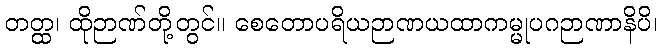
တတ္ထ၊ ထိုဉာဏ်တို့တွင်။ စေတောပရိယဉာဏယထာကမ္မုပဂဉာဏာနိပိ၊